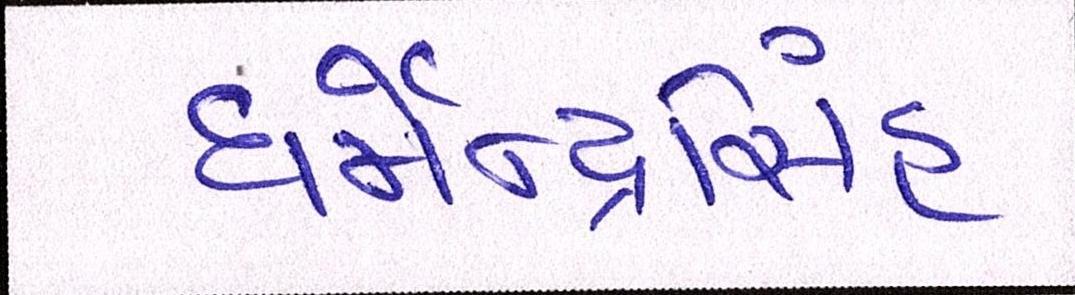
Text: ધર્મેન્દ્રસિંહ